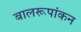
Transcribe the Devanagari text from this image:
बालरूपांकन